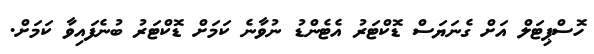
ހޮސްޕިޓަލް އަށް ގެނަޔަސް ޑޮކްޓަރު އެޓެންޑު ނުވާނެ ކަމަށް ޑޮކްޓަރު ބުނެފައިވާ ކަމަށް.